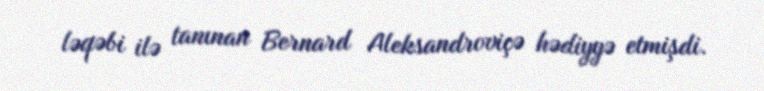
ləqəbi ilə tanınan Bernard Aleksandroviçə hədiyyə etmişdi.